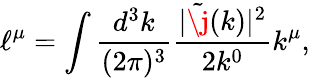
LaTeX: \ell^{\mu}=\int\frac{d^{3}k}{(2\pi)^{3}}\frac{|\tilde{\j}(k)|^{2}}{2k^{0}}k^{\mu},